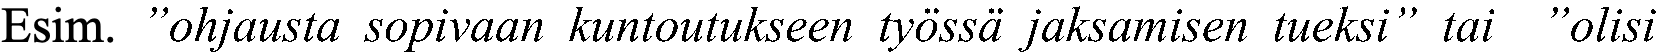
Esim. ”ohjausta sopivaan kuntoutukseen työssä jaksamisen tueksi” tai ”olisi